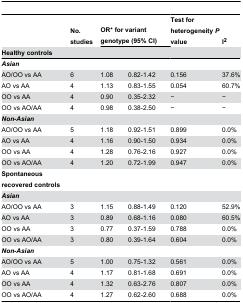
|  | No. studies | <COLSPAN=2> OR* for variant genotype (95% CI) | Test for heterogeneity P value | I2 |
 | Healthy controls |  |  |  |  |  |
 | --- | --- | --- | --- | --- | --- |
 | Asian |  |  |  |  |  |
 | AO/OO vs AA | 6 | 1.08 | 0.82-1.42 | 0.156 | 37.6% |
 | AO vs AA | 4 | 1.13 | 0.83-1.55 | 0.054 | 60.7% |
 | OO vs AA | 4 | 0.90 | 0.35-2.32 | − | − |
 | OO vs AO/AA | 4 | 0.98 | 0.38-2.50 | − | − |
 | Non-Asian |  |  |  |  |  |
 | AO/OO vs AA | 5 | 1.18 | 0.92-1.51 | 0.899 | 0.0% |
 | AO vs AA | 4 | 1.16 | 0.90-1.50 | 0.934 | 0.0% |
 | OO vs AA | 4 | 1.28 | 0.76-2.16 | 0.927 | 0.0% |
 | OO vs AO/AA | 4 | 1.20 | 0.72-1.99 | 0.947 | 0.0% |
 | Spontaneous recovered controls |  |  |  |  |  |
 | Asian |  |  |  |  |  |
 | AO/OO vs AA | 3 | 1.15 | 0.88-1.49 | 0.120 | 52.9% |
 | AO vs AA | 3 | 0.89 | 0.68-1.16 | 0.080 | 60.5% |
 | OO vs AA | 3 | 0.77 | 0.37-1.59 | 0.788 | 0.0% |
 | OO vs AO/AA | 3 | 0.80 | 0.39-1.64 | 0.604 | 0.0% |
 | Non-Asian |  |  |  |  |  |
 | AO/OO vs AA | 5 | 1.00 | 0.75-1.32 | 0.561 | 0.0% |
 | AO vs AA | 4 | 1.17 | 0.81-1.68 | 0.691 | 0.0% |
 | OO vs AA | 4 | 1.32 | 0.63-2.76 | 0.807 | 0.0% |
 | OO vs AO/AA | 4 | 1.27 | 0.62-2.60 | 0.688 | 0.0% |